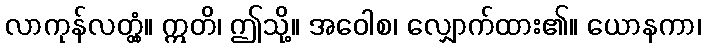
လာကုန်လတ္တံ့။ ဣတိ၊ ဤသို့။ အဝေါစ၊ လျှောက်ထား၏။ ယောနကာ၊